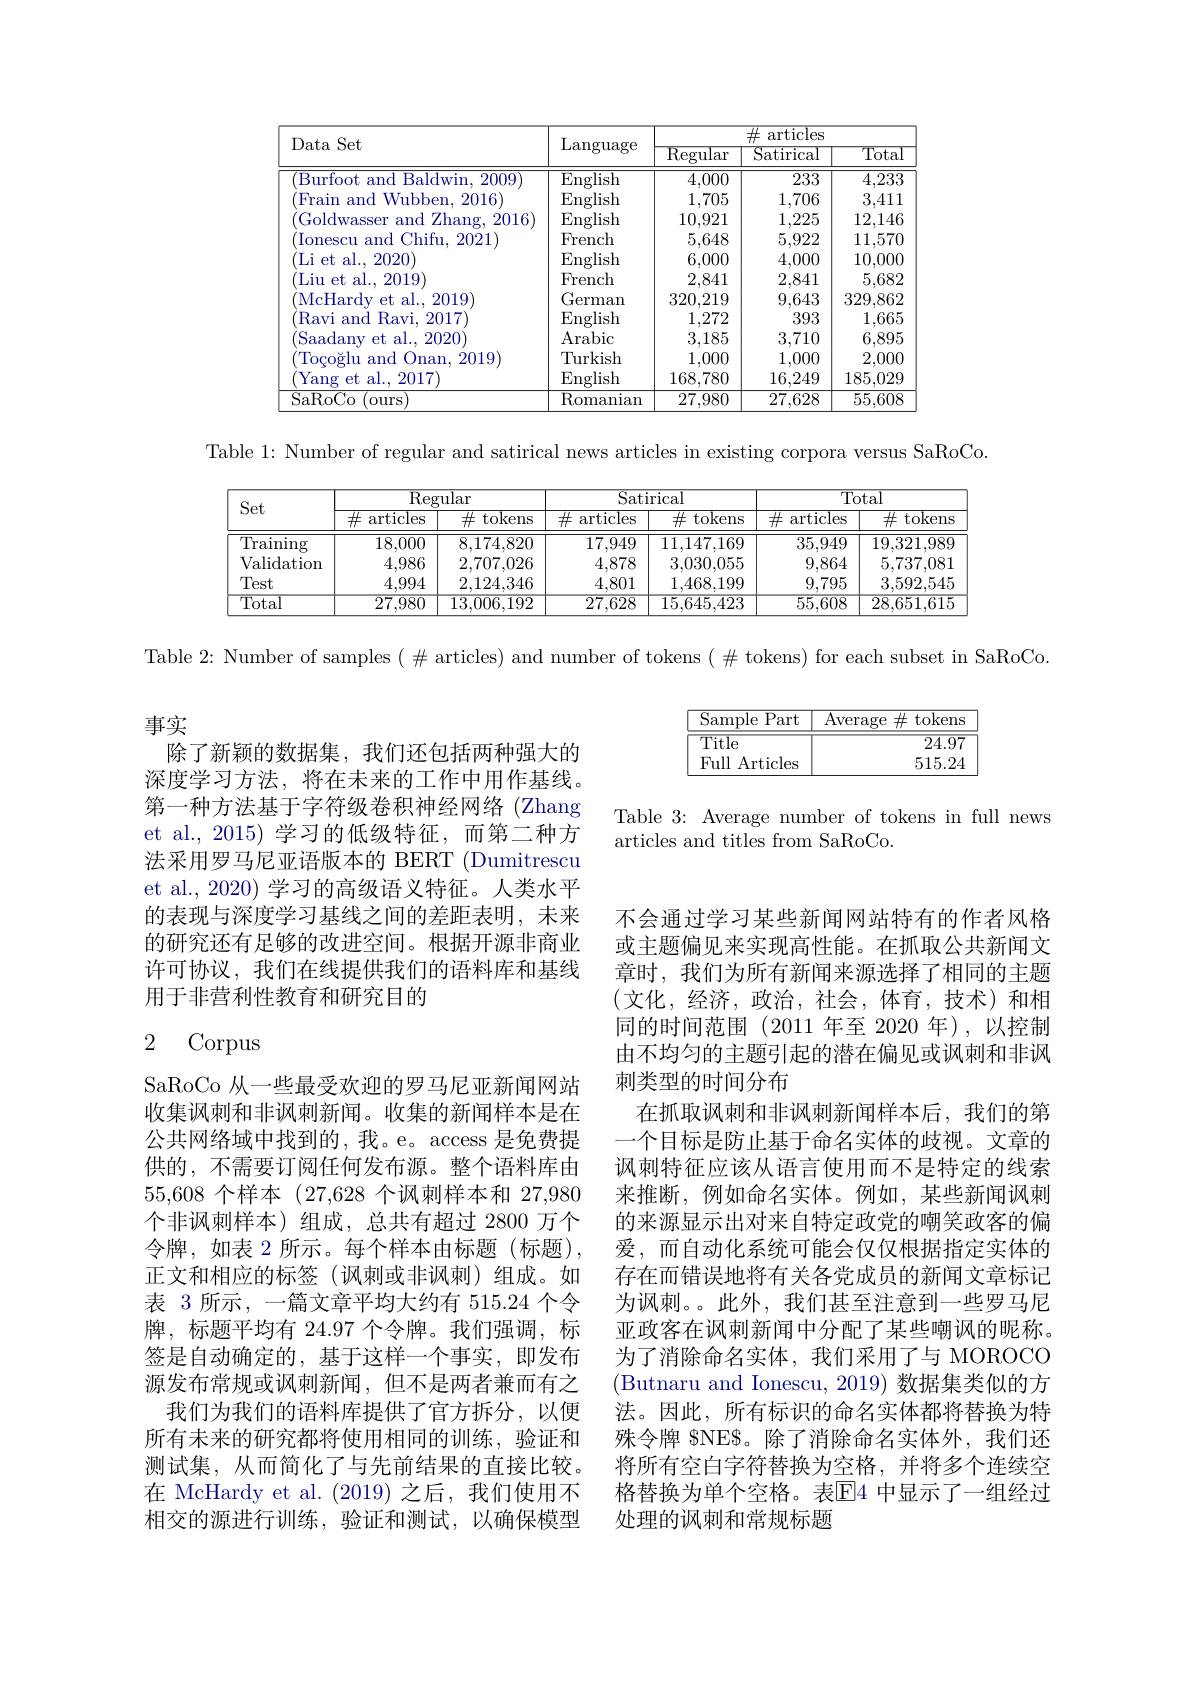
<table>
	<tbody>
		<tr>
			<th rowspan="2">Data Set</th>
			<th rowspan="2">$\operatorname{Language}$</th>
			<th colspan="3">$\#$articles</th>
		</tr>
		<tr>
			<th>${\overline{{\mathrm{Regular}}}}$</th>
			<th>$\operatorname{Satirical}$</th>
			<th>$\overline{\mathrm{Total}}$</th>
		</tr>
		<tr>
			<td>Burfoot and $\overline{{\text{l Baldwin, 2009}}}$</td>
			<td>English</td>
			<td>4,000</td>
			<td>233</td>
			<td>4,233</td>
		</tr>
		<tr>
			<td>Frain and Wubben, 2016</td>
			<td>English</td>
			<td>1,705</td>
			<td>1,706</td>
			<td>3,411</td>
		</tr>
		<tr>
			<td>Goldwasser Zhang, 2016 and</td>
			<td>English</td>
			<td>10,921</td>
			<td>1,225</td>
			<td>12,146</td>
		</tr>
		<tr>
			<td>$\operatorname{Ionescu}$ Chifu, 2021 and $\because$</td>
			<td>French</td>
			<td>5,648</td>
			<td>5,922</td>
			<td>11,570</td>
		</tr>
		<tr>
			<td>Li et al. , 2020</td>
			<td>English</td>
			<td>6,000</td>
			<td>4,000</td>
			<td>10,000</td>
		</tr>
		<tr>
			<td>Liu et al. , 2019</td>
			<td>French</td>
			<td>2,841</td>
			<td>2,841</td>
			<td>5,682</td>
		</tr>
		<tr>
			<td>McHardv et al. 2019 </td>
			<td>German</td>
			<td>320,219</td>
			<td>9,643</td>
			<td>329,862</td>
		</tr>
		<tr>
			<td>Ravi and Ravi, 2017</td>
			<td>English</td>
			<td>1,272</td>
			<td>393</td>
			<td>1,665</td>
		</tr>
		<tr>
			<td>Saadany et al., 2020</td>
			<td>Arabic</td>
			<td>3,185</td>
			<td>3,710</td>
			<td>6,895</td>
		</tr>
		<tr>
			<td>Toco$\breve{g}$lu and Onan. 2019</td>
			<td>Turkish</td>
			<td>1,000</td>
			<td>1,000</td>
			<td>2,000</td>
		</tr>
		<tr>
			<td>Yang et al., 2017)</td>
			<td>English</td>
			<td>168,780</td>
			<td>16,249</td>
			<td>185,029</td>
		</tr>
		<tr>
			<td>SaRoCo (ours</td>
			<td>Romanian</td>
			<td>27,980</td>
			<td>27,628</td>
			<td>55,608</td>
		</tr>
	</tbody>
</table>

Table 1: Number of regular and satirical news articles in existing corpora versus SaRoCo.

<table>
	<tbody>
		<tr>
			<th rowspan="2">Set</th>
			<th colspan="2">$\operatorname{Regular}$</th>
			<th colspan="2">Satirical</th>
			<th colspan="2">$\overline{\mathrm{Total}}$</th>
		</tr>
		<tr>
			<th>$\overline{\#}$ articles</th>
			<th>$\overline{\#\text{ tokens}}$ -</th>
			<th>$\overline{\#}$ articles</th>
			<th>井 tokens :</th>
			<th>$\overline{\#}$ articles</th>
			<th>$\overline{\#}$ tokens</th>
		</tr>
		<tr>
			<td>$\operatorname{Training}$</td>
			<td>18,000</td>
			<td>8,174,820</td>
			<td>17,949</td>
			<td>11,147,169</td>
			<td>35,949</td>
			<td>19,321,989</td>
		</tr>
		<tr>
			<td>Validation</td>
			<td>4,986</td>
			<td>2,707,026</td>
			<td>4,878</td>
			<td>3,030,055</td>
			<td>9,864</td>
			<td>5,737,081</td>
		</tr>
		<tr>
			<td>Test</td>
			<td>4,994</td>
			<td>2,124,346</td>
			<td>4,801</td>
			<td>1,468,199</td>
			<td>9,795</td>
			<td>3,592,545</td>
		</tr>
		<tr>
			<td>Total</td>
			<td>27,980</td>
			<td>13,006,192</td>
			<td>27,628</td>
			<td>15.645.423</td>
			<td>55,608</td>
			<td>28,651,615</td>
		</tr>
	</tbody>
</table>

Table 2: Number of samples $(\#$ articles) and number of tokens $(\#$ tokens) for each subset in SaRoCo.

# 事实

<table>
	<tbody>
		<tr>
			<th>Sample Part 1</th>
			<th>$\operatorname{Average}$</th>
			<th>$\#$ tokens $5e$</th>
		</tr>
		<tr>
			<td>$\overline{\mathrm{Title}}$</td>
			<td> </td>
			<td>$\overline{24.97}$</td>
		</tr>
		<tr>
			<td>Full Articles</td>
			<td> </td>
			<td>515.24</td>
		</tr>
	</tbody>
</table>

Table 3: Average number of tokens in full news
articles and titles from SaRoCo.

除了新颖的数据集，我们还包括两种强大的深度学习方法，将在未来的工作中用作基线。第一种方法基于字符级卷积神经网络(Zhang et al.,2015) 学习的低级特征，而第二种方法采用罗马尼亚语版本的 BERT (Dumitrescu et al., 2020) 学习的高级语义特征。人类水平的表现与深度学习基线之间的差距表明，未来的研究还有足够的改进空间。根据开源非商业许可协议，我们在线提供我们的语料库和基线用于非营利性教育和研究目的

# 2 Corpus

不会通过学习某些新闻网站特有的作者风格或主题偏见来实现高性能。在抓取公共新闻文章时，我们为所有新闻来源选择了相同的主题(文化，经济，政治，社会，体育，技术)和相同的时间范围(2011年至 2020 年),以控制由不均匀的主题引起的潜在偏见或讽刺和非讽刺类型的时间分布
在抓取讽刺和非讽刺新闻样本后，我们的第一个目标是防止基于命名实体的歧视。文章的讽刺特征应该从语言使用而不是特定的线索来推断，例如命名实体。例如，某些新闻讽刺的来源显示出对来自特定政党的嘲笑政客的偏爱，而自动化系统可能会仅仅根据指定实体的存在而错误地将有关各党成员的新闻文章标记为讽刺。。此外，我们甚至注意到一些罗马尼亚政客在讽刺新闻中分配了某些嘲讽的昵称。为了消除命名实体，我们采用了与 MOROCO (Butnaru and Ionescu, 2019) 数据集类似的方法。因此，所有标识的命名实体都将替换为特殊令牌 SNE$。除了消除命名实体外，我们还将所有空白字符替换为空格，并将多个连续空格替换为单个空格。表$\overline{\mathbb{E}}$4 中显示了一组经过处理的讽刺和常规标题

SaRoCo 从一些最受欢迎的罗马尼亚新闻网站收集讽刺和非讽刺新闻。收集的新闻样本是在公共网络域中找到的，我。e。access 是免费提供的，不需要订阅任何发布源。整个语料库由55,608个样本 (27,628 个讽刺样本和 27,980个非讽刺样本)组成，总共有超过 2800 万个令牌，如表 2 所示。每个样本由标题(标题), 正文和相应的标签(讽刺或非讽刺)组成。如表 3 所示，一篇文章平均大约有 515.24 个令牌，标题平均有 24.97 个令牌。我们强调，标签是自动确定的，基于这样一个事实，即发布源发布常规或讽刺新闻，但不是两者兼而有之
我们为我们的语料库提供了官方拆分，以便所有未来的研究都将使用相同的训练，验证和测试集，从而简化了与先前结果的直接比较。在 McHardy et al.(2019) 之后，我们使用不相交的源进行训练，验证和测试，以确保模型